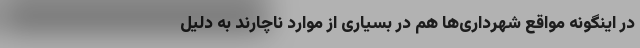
در اینگونه مواقع شهرداری‌ها هم در بسیاری از موارد ناچارند به دلیل